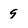
Character: 9